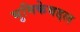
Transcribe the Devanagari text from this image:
भुमिकेबद्दल